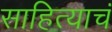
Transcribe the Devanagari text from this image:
साहित्याचं